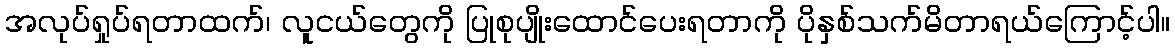
အလုပ်ရှုပ်ရတာထက်၊ လူငယ်တွေကို ပြုစုပျိုးထောင်ပေးရတာကို ပိုနှစ်သက်မိတာရယ်ကြောင့်ပါ။